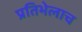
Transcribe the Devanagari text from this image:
प्रतिभेलाच